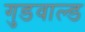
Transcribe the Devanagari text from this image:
गुडवाल्ड